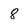
Character: 8